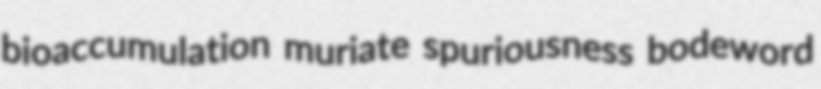
bioaccumulation muriate spuriousness bodeword